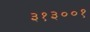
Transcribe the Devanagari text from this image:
३१३००१